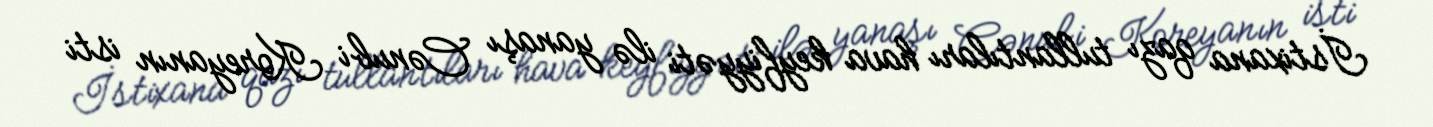
İstixana qazı tullantıları hava keyfiyyəti ilə yanaşı Cənubi Koreyanın isti